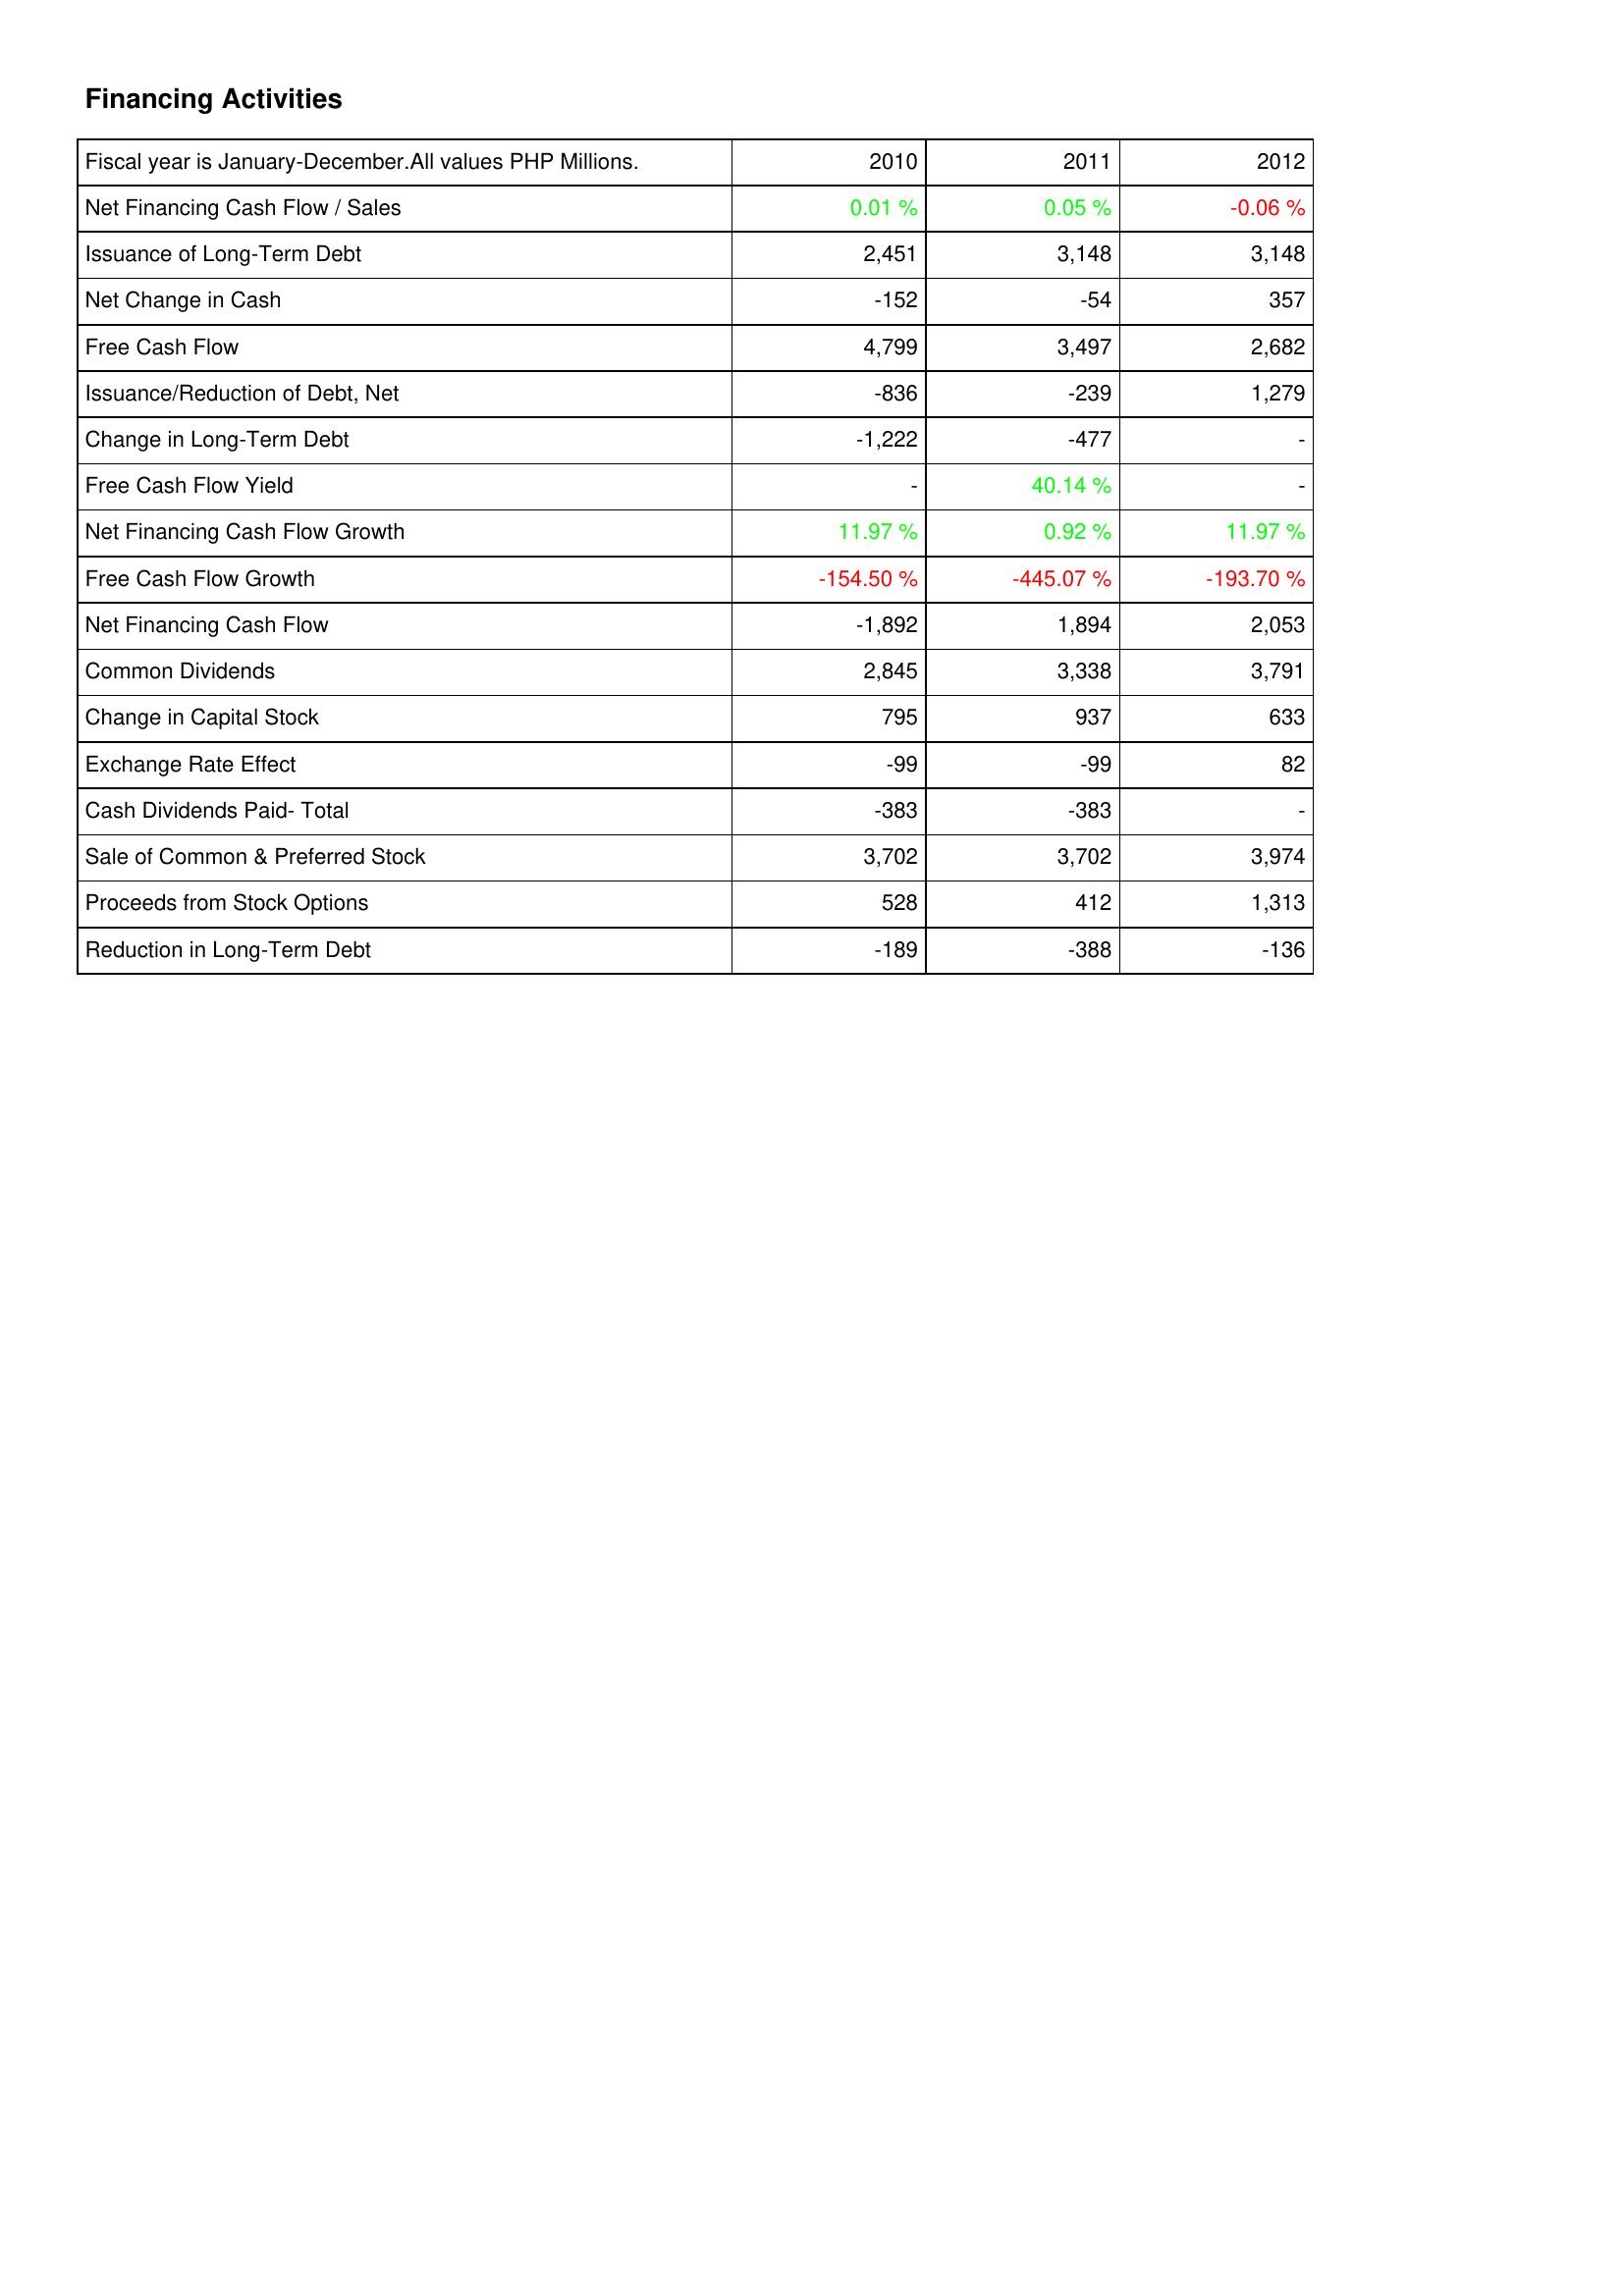
2010: Financing Activities: Net Financing Cash Flow / Sales: 0.01 %
Issuance of Long-Term Debt: 2,451
Net Change in Cash: -152
Free Cash Flow: 4,799
Issuance/Reduction of Debt, Net: -836
Change in Long-Term Debt: -1,222
Free Cash Flow Yield: -
Net Financing Cash Flow Growth: 11.97 %
Free Cash Flow Growth: -154.50 %
Net Financing Cash Flow: -1,892
Common Dividends: 2,845
Change in Capital Stock: 795
Exchange Rate Effect: -99
Cash Dividends Paid- Total: -383
Sale of Common & Preferred Stock: 3,702
Proceeds from Stock Options: 528
Reduction in Long-Term Debt: -189
2011: Financing Activities: Net Financing Cash Flow / Sales: 0.05 %
Issuance of Long-Term Debt: 3,148
Net Change in Cash: -54
Free Cash Flow: 3,497
Issuance/Reduction of Debt, Net: -239
Change in Long-Term Debt: -477
Free Cash Flow Yield: 40.14 %
Net Financing Cash Flow Growth: 0.92 %
Free Cash Flow Growth: -445.07 %
Net Financing Cash Flow: 1,894
Common Dividends: 3,338
Change in Capital Stock: 937
Exchange Rate Effect: -99
Cash Dividends Paid- Total: -383
Sale of Common & Preferred Stock: 3,702
Proceeds from Stock Options: 412
Reduction in Long-Term Debt: -388
2012: Financing Activities: Net Financing Cash Flow / Sales: -0.06 %
Issuance of Long-Term Debt: 3,148
Net Change in Cash: 357
Free Cash Flow: 2,682
Issuance/Reduction of Debt, Net: 1,279
Change in Long-Term Debt: -
Free Cash Flow Yield: -
Net Financing Cash Flow Growth: 11.97 %
Free Cash Flow Growth: -193.70 %
Net Financing Cash Flow: 2,053
Common Dividends: 3,791
Change in Capital Stock: 633
Exchange Rate Effect: 82
Cash Dividends Paid- Total: -
Sale of Common & Preferred Stock: 3,974
Proceeds from Stock Options: 1,313
Reduction in Long-Term Debt: -136